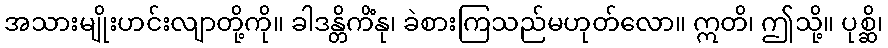
အသားမျိုးဟင်းလျာတို့ကို။ ခါဒန္တိကိံနု၊ ခဲစားကြသည်မဟုတ်လော။ ဣတိ၊ ဤသို့။ ပုစ္ဆိ၊